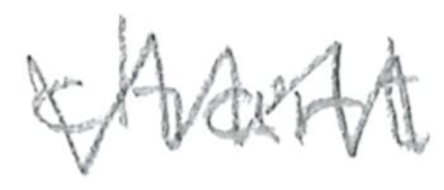
Text: chart
Cross-out: zig-zag
Writing tool: pencil